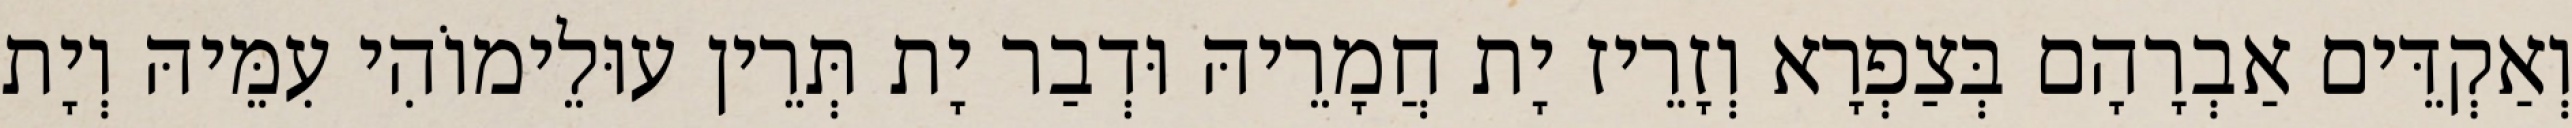
וְאַקְדֵּים אַבְרָהָם בְּצַפְרָא וְזָרֵיז יָת חֲמָרֵיהּ וּדְבַר יָת תְּרֵין עוּלֵימוֹהִי עִמֵּיהּ וְיָת